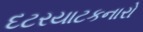
દટરયાટકનારો